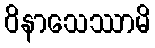
ဝိနာသေဿာမိ